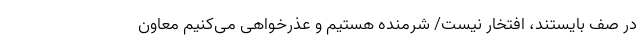
در صف بایستند، افتخار نیست/ شرمنده هستیم و عذرخواهی می‌کنیم معاون